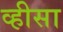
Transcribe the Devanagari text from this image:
व्हीसा